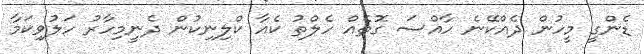
ޑެންގީ މީހުން ދެއްކޭނެ ހާއްސަ ގޮތެއް ހެލްތު ކެއާ ކްލިނިކުން ދެނީމިހާރު ހަލުވިކަމާ